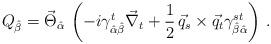
LaTeX: \begin{align*}Q_{\hat{\beta}}= \vec{\Theta}_{\hat {\alpha}} \, \left( -i \gamma^t_{\hat{\alpha}\hat{\beta}} \vec{\nabla}_t + \frac{1}{2} \, \vec{q}_s \times \vec{q}_t \gamma^{st}_{\hat{\beta}\hat{\alpha}} \right) \, . \end{align*}